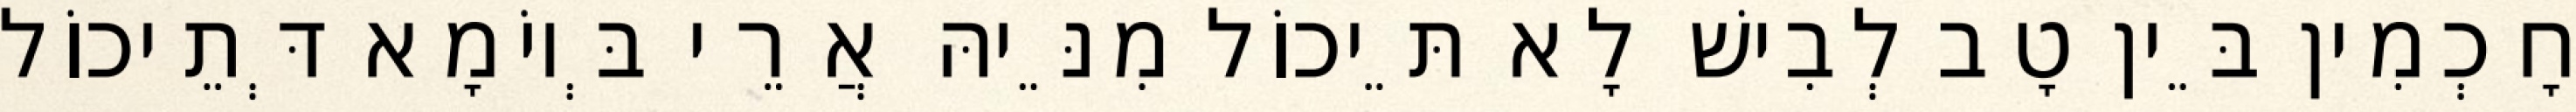
חָכְמִין בֵּין טָב לְבִישׁ לָא תֵּיכוֹל מִנֵּיהּ אֲרֵי בְּיוֹמָא דְּתֵיכוֹל